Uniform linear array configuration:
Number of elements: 48
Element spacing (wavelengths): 0.5
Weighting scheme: hamming
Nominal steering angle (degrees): -45
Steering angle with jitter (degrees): -46.106
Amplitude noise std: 0.05
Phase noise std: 0.05

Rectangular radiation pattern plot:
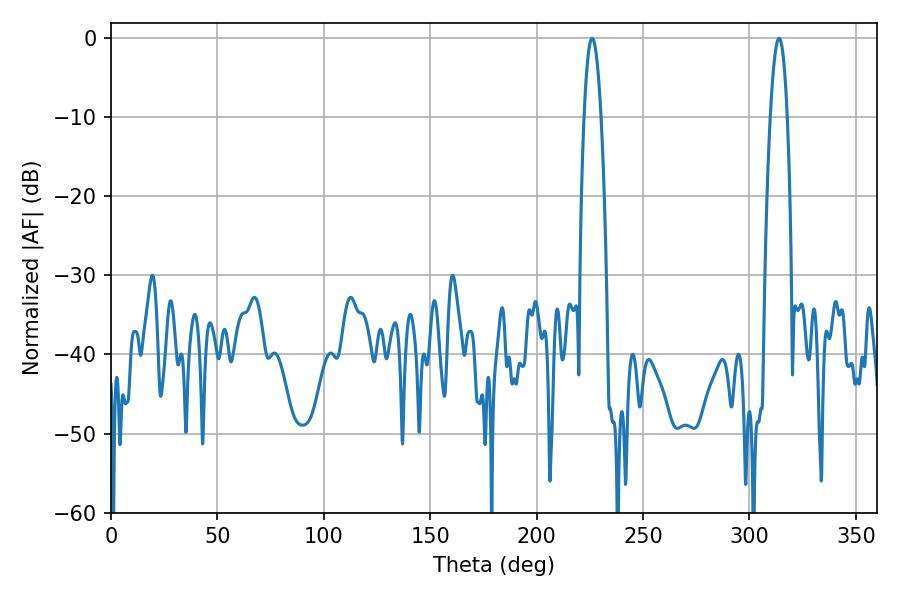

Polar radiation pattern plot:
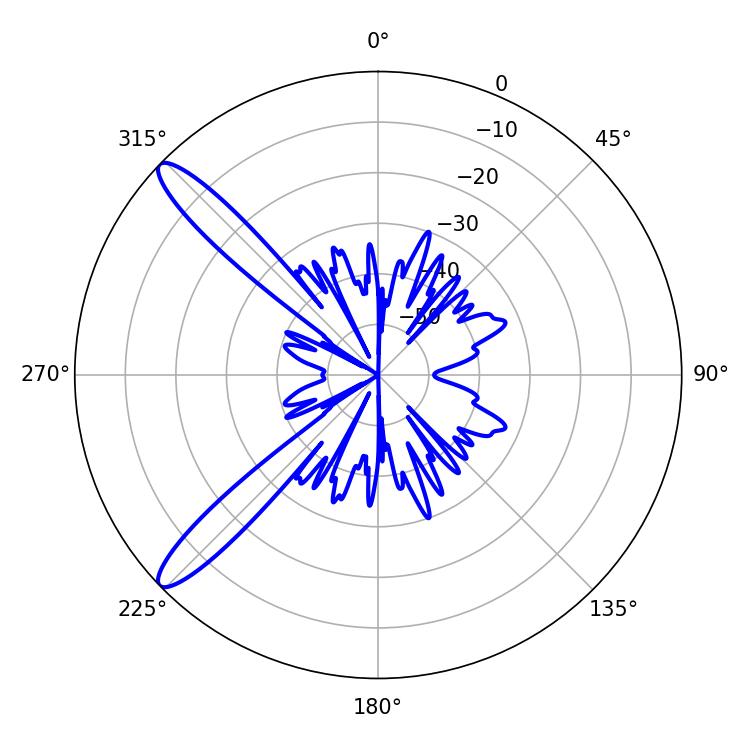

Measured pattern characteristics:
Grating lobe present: FALSE
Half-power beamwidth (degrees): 4.32
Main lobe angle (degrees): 226.08